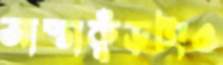
আস্তাকুঁড়টাও